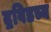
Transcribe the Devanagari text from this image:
द्रविडच्य